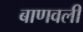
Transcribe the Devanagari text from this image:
बाणवली